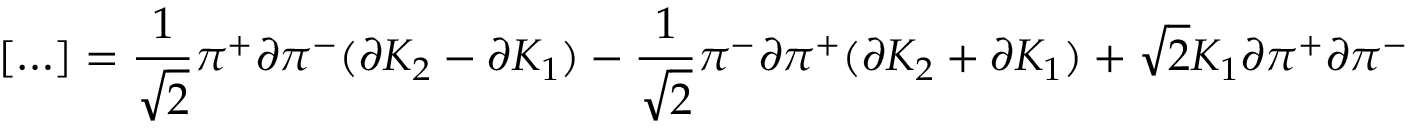
\left[ \ldots \right] = \frac { 1 } { \sqrt { 2 } } \pi ^ { + } \partial \pi ^ { - } ( \partial K _ { 2 } - \partial K _ { 1 } ) - \frac { 1 } { \sqrt { 2 } } \pi ^ { - } \partial \pi ^ { + } ( \partial K _ { 2 } + \partial K _ { 1 } ) + \sqrt { 2 } K _ { 1 } \partial \pi ^ { + } \partial \pi ^ { - }